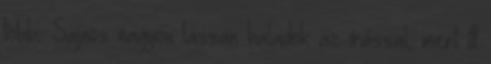
többi. Sajnos nagyon lassan haladok az írással, mert itt